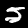
Digit: 5